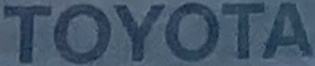
TOYOTA